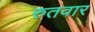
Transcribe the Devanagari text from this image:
रुतवार